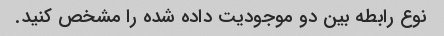
نوع رابطه بین دو موجودیت داده شده را مشخص کنید.